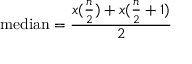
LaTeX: \mathrm { m e d i a n } = { \frac { x { ( { \frac { n } { 2 } } ) } + x { ( { \frac { n } { 2 } } + 1 ) } } { 2 } }